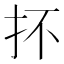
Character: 抔